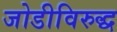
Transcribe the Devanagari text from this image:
जोडीविरुद्ध